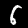
Digit: 6